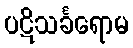
ပဋိသင်္ခရောမ